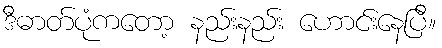
ဒီဓာတ်ပုံကတော့ နည်းနည်း ဟောင်းနေပြီ။